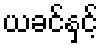
ယခင်နှင့်